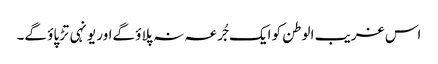
اس غریب الوطن کو ایک جُرعہ نہ پلاؤ گےاور یونہی تڑپاؤ گے۔